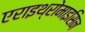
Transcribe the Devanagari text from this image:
एराइथ्रोमाइसिन